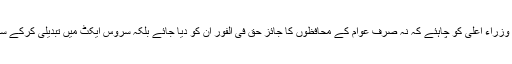
وزیر اعلیٰ پنجاب شہباز شریف اور دیگر صوبائی وزراء اعلیٰ کو چاہئے کہ نہ صرف عوام کے محافظوں کا جائز حق فی الفور ان کو دیا جائے بلکہ سروس ایکٹ میں تبدیلی کرکے سب کیلئے ترقی کے یکساں مواقع فراہم کیے جائیں۔